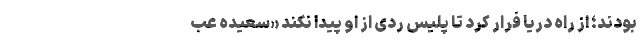
بودند؛ از راه دریا فرار کرد تا پلیس ردی از او پیدا نکند «سعیده عب